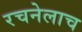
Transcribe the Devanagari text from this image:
रचनेलाच